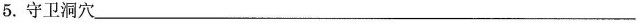
5.守卫洞穴___